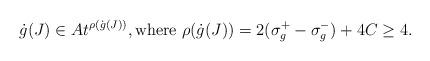
LaTeX: \begin{align*} \dot g(J) \in A t^{\rho(\dot g(J))}, \text{where $\rho(\dot g(J)) = 2 ( \sigma_g^+ - \sigma_g^- ) + 4C \ge 4$.} \end{align*}